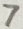
Text: 7